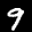
Label: 9